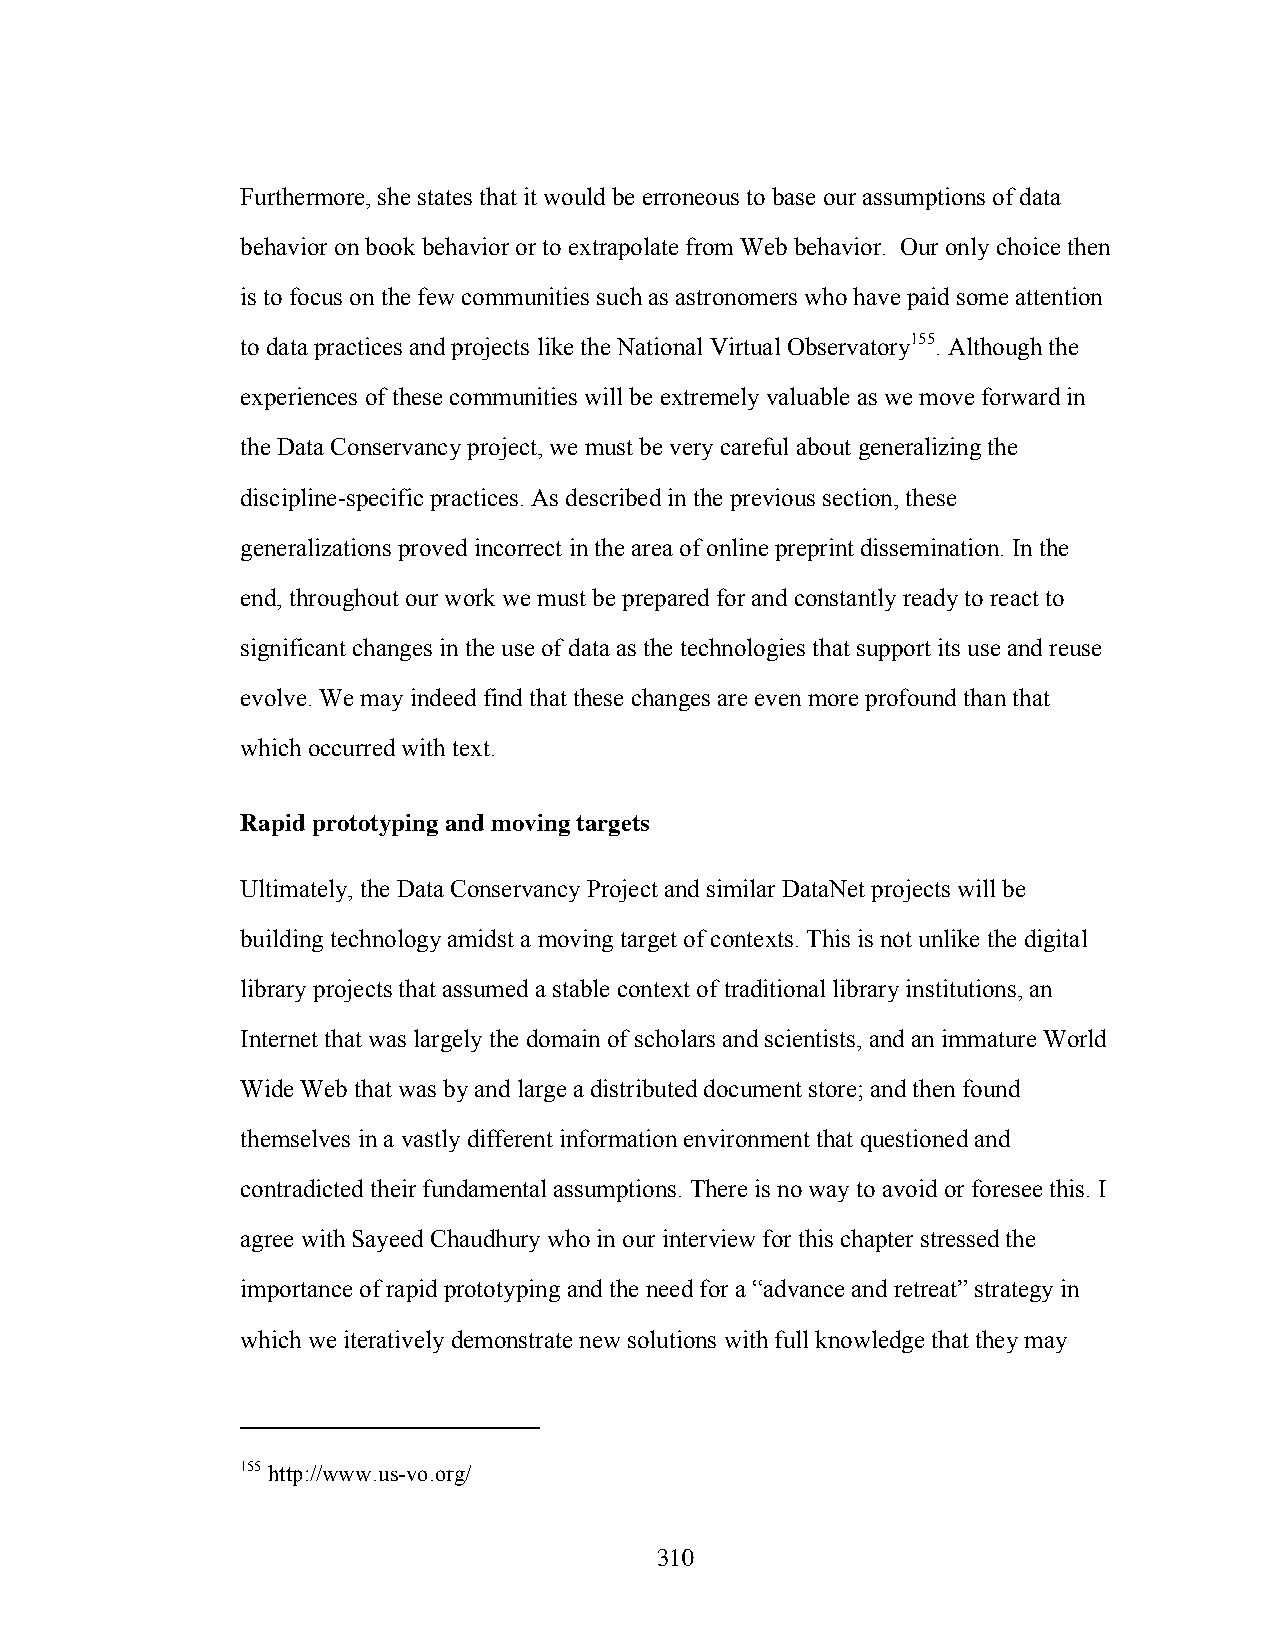
Furthermore, she states that it would be erroneous to base our assumptions of data
 behavior on book behavior or to extrapolate from Web behavior. Our only choice then
 is to focus on the few communities such as astronomers who have paid some attention
 to data practices and projects like the National Virtual Observatory155. Although the
 experiences of these communities will be extremely valuable as we move forward in
 the Data Conservancy project, we must be very careful about generalizing the
 discipline-specific practices. As described in the previous section, these
 generalizations proved incorrect in the area of online preprint dissemination. In the
 end, throughout our work we must be prepared for and constantly ready to react to
 significant changes in the use of data as the technologies that support its use and reuse
 evolve. We may indeed find that these changes are even more profound than that
 which occurred with text.
 Rapid prototyping and moving targets
 Ultimately, the Data Conservancy Project and similar DataNet projects will be
 building technology amidst a moving target of contexts. This is not unlike the digital
 library projects that assumed a stable context of traditional library institutions, an
 Internet that was largely the domain of scholars and scientists, and an immature World
 Wide Web that was by and large a distributed document store; and then found
 themselves in a vastly different information environment that questioned and
 contradicted their fundamental assumptions. There is no way to avoid or foresee this. I
 agree with Sayeed Chaudhury who in our interview for this chapter stressed the
 importance of rapid prototyping and the need for a “advance and retreat” strategy in
 which we iteratively demonstrate new solutions with full knowledge that they may
 155 http://www.us-vo.org/
 310